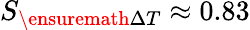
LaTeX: S_{\ensuremath{\Delta T}}\approx 0.83